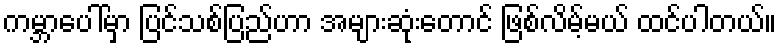
ကမ္ဘာပေါ်မှာ ပြင်သစ်ပြည်ဟာ အများဆုံးတောင် ဖြစ်လိမ့်မယ် ထင်ပါတယ်။